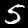
Label: 5